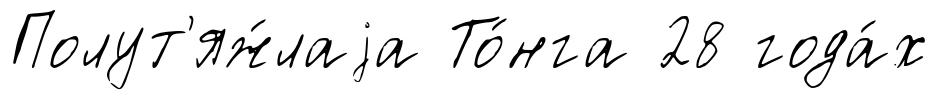
Полут'яж́лаjа То́нга 28 года́х